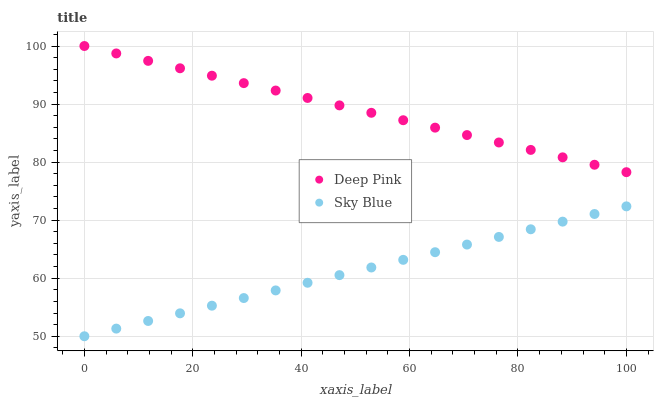
| xaxis_label | Deep Pink | Sky Blue |
 | --- | --- | --- |
 | 0 | 100 | 50 |
 | 5.88 | 98.7 | 51.3 |
 | 11.8 | 97.4 | 52.6 |
 | 17.6 | 96.2 | 53.9 |
 | 23.5 | 94.9 | 55.3 |
 | 29.4 | 93.6 | 56.6 |
 | 35.3 | 92.3 | 57.9 |
 | 41.2 | 91.1 | 59.2 |
 | 47.1 | 89.8 | 60.5 |
 | 52.9 | 88.5 | 61.8 |
 | 58.8 | 87.2 | 63.2 |
 | 64.7 | 85.9 | 64.5 |
 | 70.6 | 84.7 | 65.8 |
 | 76.5 | 83.4 | 67.1 |
 | 82.4 | 82.1 | 68.4 |
 | 88.2 | 80.8 | 69.7 |
 | 94.1 | 79.5 | 71.1 |
 | 100 | 78.3 | 72.4 |